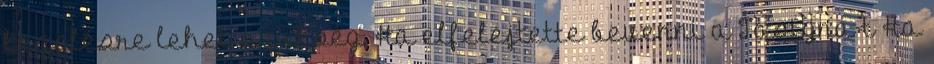
kezelésre lehet szükség. Ha elfelejtette bevenni a Tasigna-t Ha